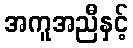
အကူအညီနှင့်